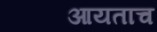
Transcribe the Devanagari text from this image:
आयताच